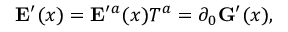
{ \bf E } ^ { \prime } ( x ) = { \bf E } ^ { \prime } { } ^ { a } ( x ) T ^ { a } = \partial _ { 0 } { \bf G } ^ { \prime } ( x ) ,